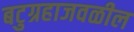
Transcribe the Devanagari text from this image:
बटुग्रहाजवळील